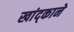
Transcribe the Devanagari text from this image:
खांद्काने